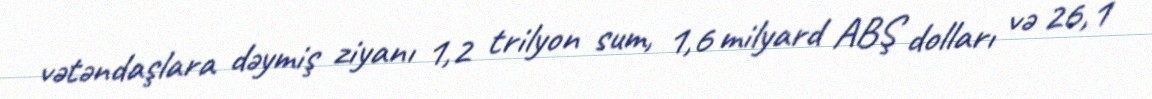
vətəndaşlara dəymiş ziyanı 1,2 trilyon sum, 1,6 milyard ABŞ dolları və 26,1